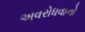
અવરોધવાનો